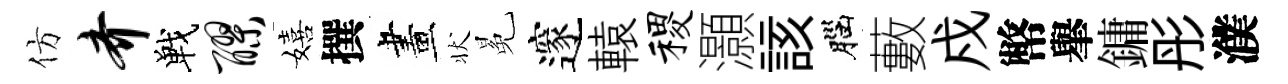
仿齐戰醪嬉撰畫状冕邃轅稷灝該腦藪戍幣𦦙鏞彤濮